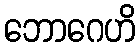
ဘောဂေဟိ